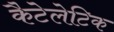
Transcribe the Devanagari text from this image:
कैटेलेटिक